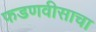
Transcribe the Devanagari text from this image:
फडणवीसाचा